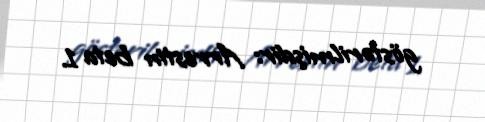
göstərilmişdir: Arrestin beta 1.